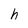
Character: h